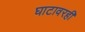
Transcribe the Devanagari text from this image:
घाटावरही